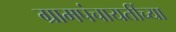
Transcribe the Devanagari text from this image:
ग्रामपंचायतींच्या